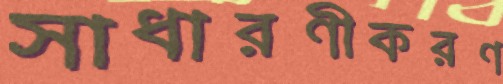
সাধারণীকরণ